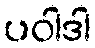
ပဝါဒါ